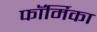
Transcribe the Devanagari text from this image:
फॉर्मिका